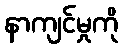
နာကျင်မှုကို